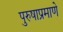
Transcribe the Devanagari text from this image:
पुरुषाप्रमाणे